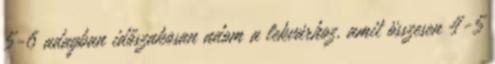
5-6 adagban időszakosan adom a lekvárhoz, amit összesen 4-5